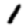
Digit: 1